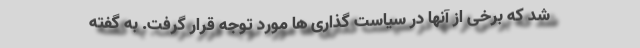
شد که برخی از آنها در سیاست گذاری ها مورد توجه قرار گرفت. به گفته